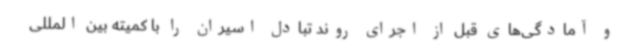
و آمادگی‌های قبل از اجرای روند تبادل اسیران را با کمیته بین المللی